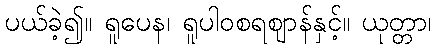
ပယ်ခဲ့၍။ ရူပေန၊ ရူပါဝစရဈာန်နှင့်။ ယုတ္တာ၊